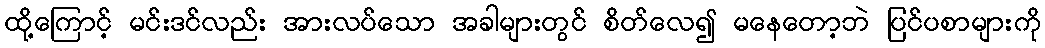
ထို့ကြောင့် မင်းဒင်လည်း အားလပ်သော အခါများတွင် စိတ်လေ၍ မနေတော့ဘဲ ပြင်ပစာများကို